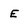
Character: E